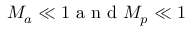
{ { M } _ { a } } \ll 1 \mathrm { ~ a ~ n ~ d ~ } { { M } _ { p } } \ll 1